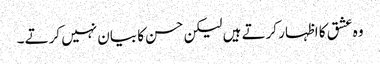
وہ عشق کا اظہار کرتے ہیں لیکن حسن کا بیان نہیں کرتے ۔